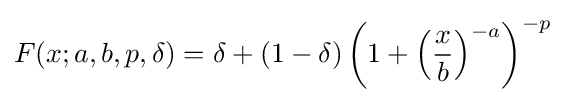
F(x;a,b,p,\delta )=\delta +(1-\delta )\left(1+\left({\frac {x}{b}}\right)^{-a}\right)^{-p}